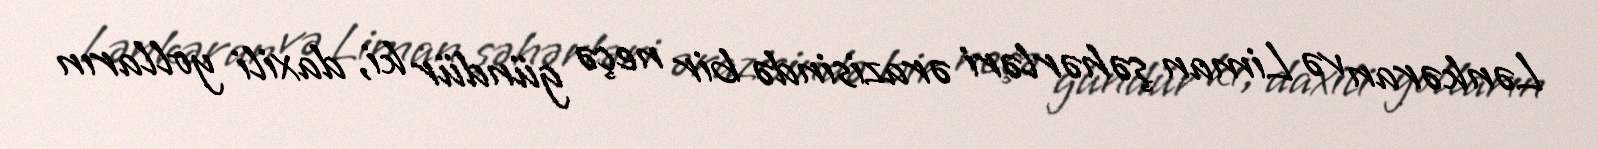
Lənkəran və Liman şəhərləri ərazisində bir neçə gündür ki, daxili yolların